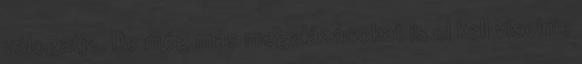
válogatja. De még más megalázásokat is el kell viselnie